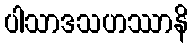
ပါသာဒသဟဿာနိ